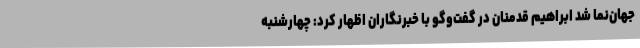
جهان‌نما شد ابراهیم قدمنان در گفت‌وگو با خبرنگاران اظهار کرد: چهارشنبه